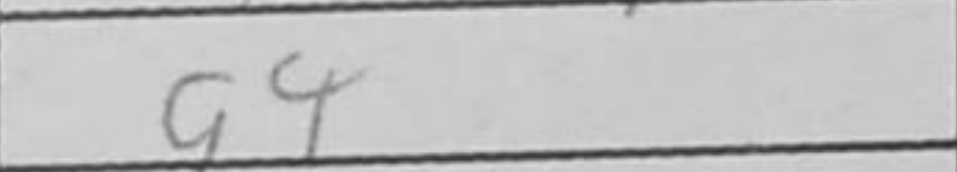
Transcription: Kb3